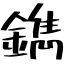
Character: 鐫